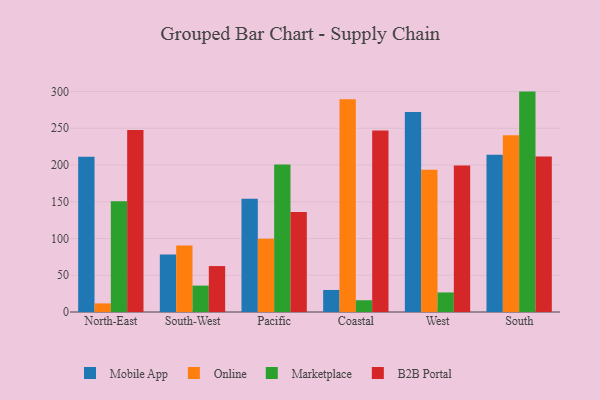
{"axis": {"x": "Region", "y": "Energy Usage (MWh)"}, "legend": ["B2B Portal", "Marketplace", "Mobile App", "Online"], "data": [{"x": "North-East", "y": 211.3, "type": "Mobile App"}, {"x": "North-East", "y": 11.7, "type": "Online"}, {"x": "North-East", "y": 150.7, "type": "Marketplace"}, {"x": "North-East", "y": 247.7, "type": "B2B Portal"}, {"x": "South-West", "y": 78.1, "type": "Mobile App"}, {"x": "South-West", "y": 90.6, "type": "Online"}, {"x": "South-West", "y": 35.9, "type": "Marketplace"}, {"x": "South-West", "y": 62.5, "type": "B2B Portal"}, {"x": "Pacific", "y": 154.2, "type": "Mobile App"}, {"x": "Pacific", "y": 99.7, "type": "Online"}, {"x": "Pacific", "y": 200.8, "type": "Marketplace"}, {"x": "Pacific", "y": 136.2, "type": "B2B Portal"}, {"x": "Coastal", "y": 30.0, "type": "Mobile App"}, {"x": "Coastal", "y": 289.5, "type": "Online"}, {"x": "Coastal", "y": 16.0, "type": "Marketplace"}, {"x": "Coastal", "y": 247.0, "type": "B2B Portal"}, {"x": "West", "y": 272.0, "type": "Mobile App"}, {"x": "West", "y": 193.6, "type": "Online"}, {"x": "West", "y": 26.6, "type": "Marketplace"}, {"x": "West", "y": 199.2, "type": "B2B Portal"}, {"x": "South", "y": 214.0, "type": "Mobile App"}, {"x": "South", "y": 240.6, "type": "Online"}, {"x": "South", "y": 299.9, "type": "Marketplace"}, {"x": "South", "y": 211.7, "type": "B2B Portal"}]}